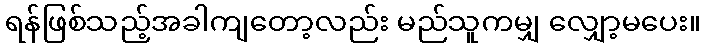
ရန်ဖြစ်သည့်အခါကျတော့လည်း မည်သူကမျှ လျှော့မပေး။